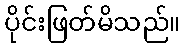
ပိုင်းဖြတ်မိသည်။